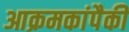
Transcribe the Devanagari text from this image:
आक्रमकांपैकी